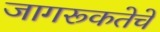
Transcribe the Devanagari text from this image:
जागरूकतेचे